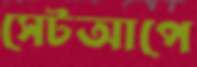
সেটআপে